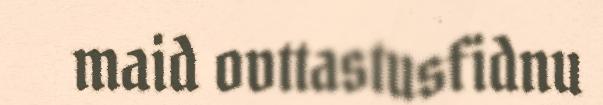
maid ovttastusfidnu